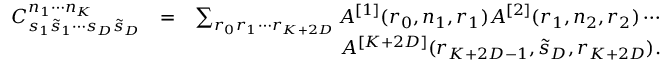
\begin{array} { r l r } { C _ { s _ { 1 } \tilde { s } _ { 1 } \cdots s _ { D } \tilde { s } _ { D } } ^ { n _ { 1 } \cdots n _ { K } } } & { = } & { \sum _ { r _ { 0 } r _ { 1 } \cdots r _ { K + 2 D } } A ^ { [ 1 ] } ( r _ { 0 } , n _ { 1 } , r _ { 1 } ) A ^ { [ 2 ] } ( r _ { 1 } , n _ { 2 } , r _ { 2 } ) \cdots } \\ & { } & { \qquad \quad A ^ { [ K + 2 D ] } ( r _ { K + 2 D - 1 } , \tilde { s } _ { D } , r _ { K + 2 D } ) . } \end{array}